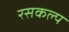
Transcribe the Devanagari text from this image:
रसकल्प